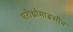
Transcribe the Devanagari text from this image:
एरीथ्रोमाइसीन